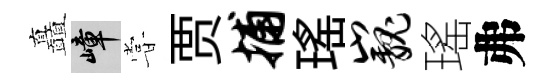
矗嶂甞贾捕瑤巍瑤弗